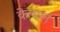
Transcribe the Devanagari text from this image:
केप्पल